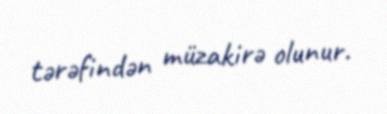
tərəfindən müzakirə olunur.